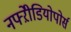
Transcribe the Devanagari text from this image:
नफ्ऱेीडियोपोर्स